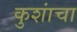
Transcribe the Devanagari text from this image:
कुशांचा